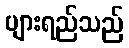
ပျားရည်သည်